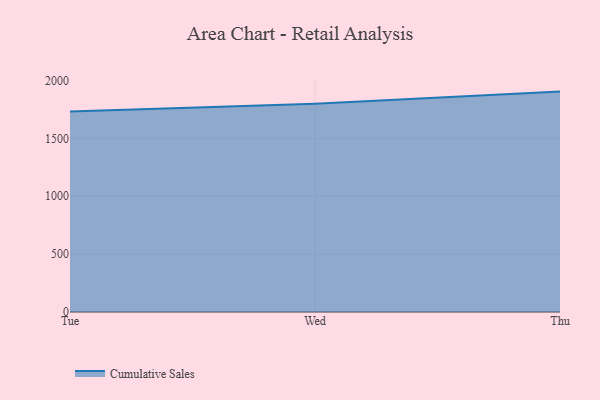
{"axis": {"x": "Day", "y": "Energy Usage (MWh)"}, "legend": ["Cumulative Sales"], "data": [{"x": "Tue", "y": 1733.0, "type": "Cumulative Sales"}, {"x": "Wed", "y": 1800.4, "type": "Cumulative Sales"}, {"x": "Thu", "y": 1904.7, "type": "Cumulative Sales"}]}